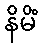
နိမိံ